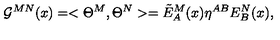
{ \cal G } ^ { M N } ( x ) = < \Theta ^ { M } , \Theta ^ { N } > = { \tilde { E } } _ { A } ^ { M } ( x ) \eta ^ { A B } E _ { B } ^ { N } ( x ) ,